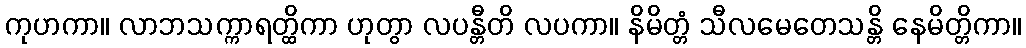
ကုဟကာ။ လာဘသက္ကာရတ္ထိကာ ဟုတွာ လပန္တီတိ လပကာ။ နိမိတ္တံ သီလမေတေသန္တိ နေမိတ္တိကာ။